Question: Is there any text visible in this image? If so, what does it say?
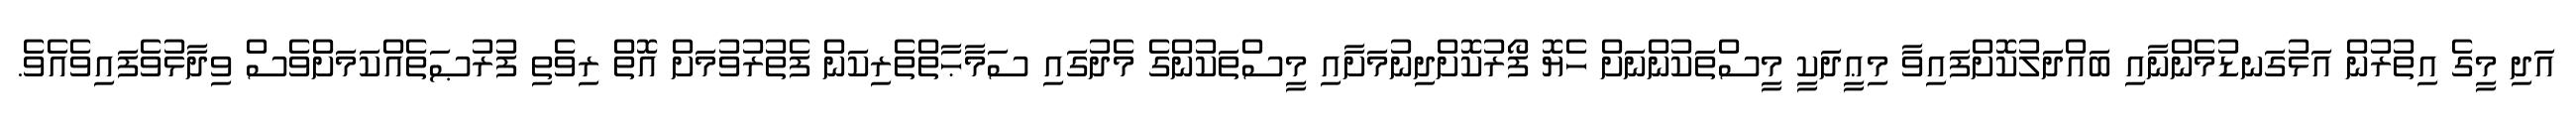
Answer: އަދި މީގެ އިތުރުން އަޅުގަނޑުމެންނާއި ބައްދަލުކޮށްފައިވާ މިޢީދަކީ މީސްތަކުންނަށް ހެޔޮ ފޯރުކޮށްދިނުމަށާއި މީސްތަކުންގެ މެދުގައި ސަމާޙާތްތެރިކަން ފެތުރުވުމަށް އޮތް ރިވެތި ފުރުޞަތެއްކަމަށްވެސް ވިދާޅުވެފައިވެއެވެ.